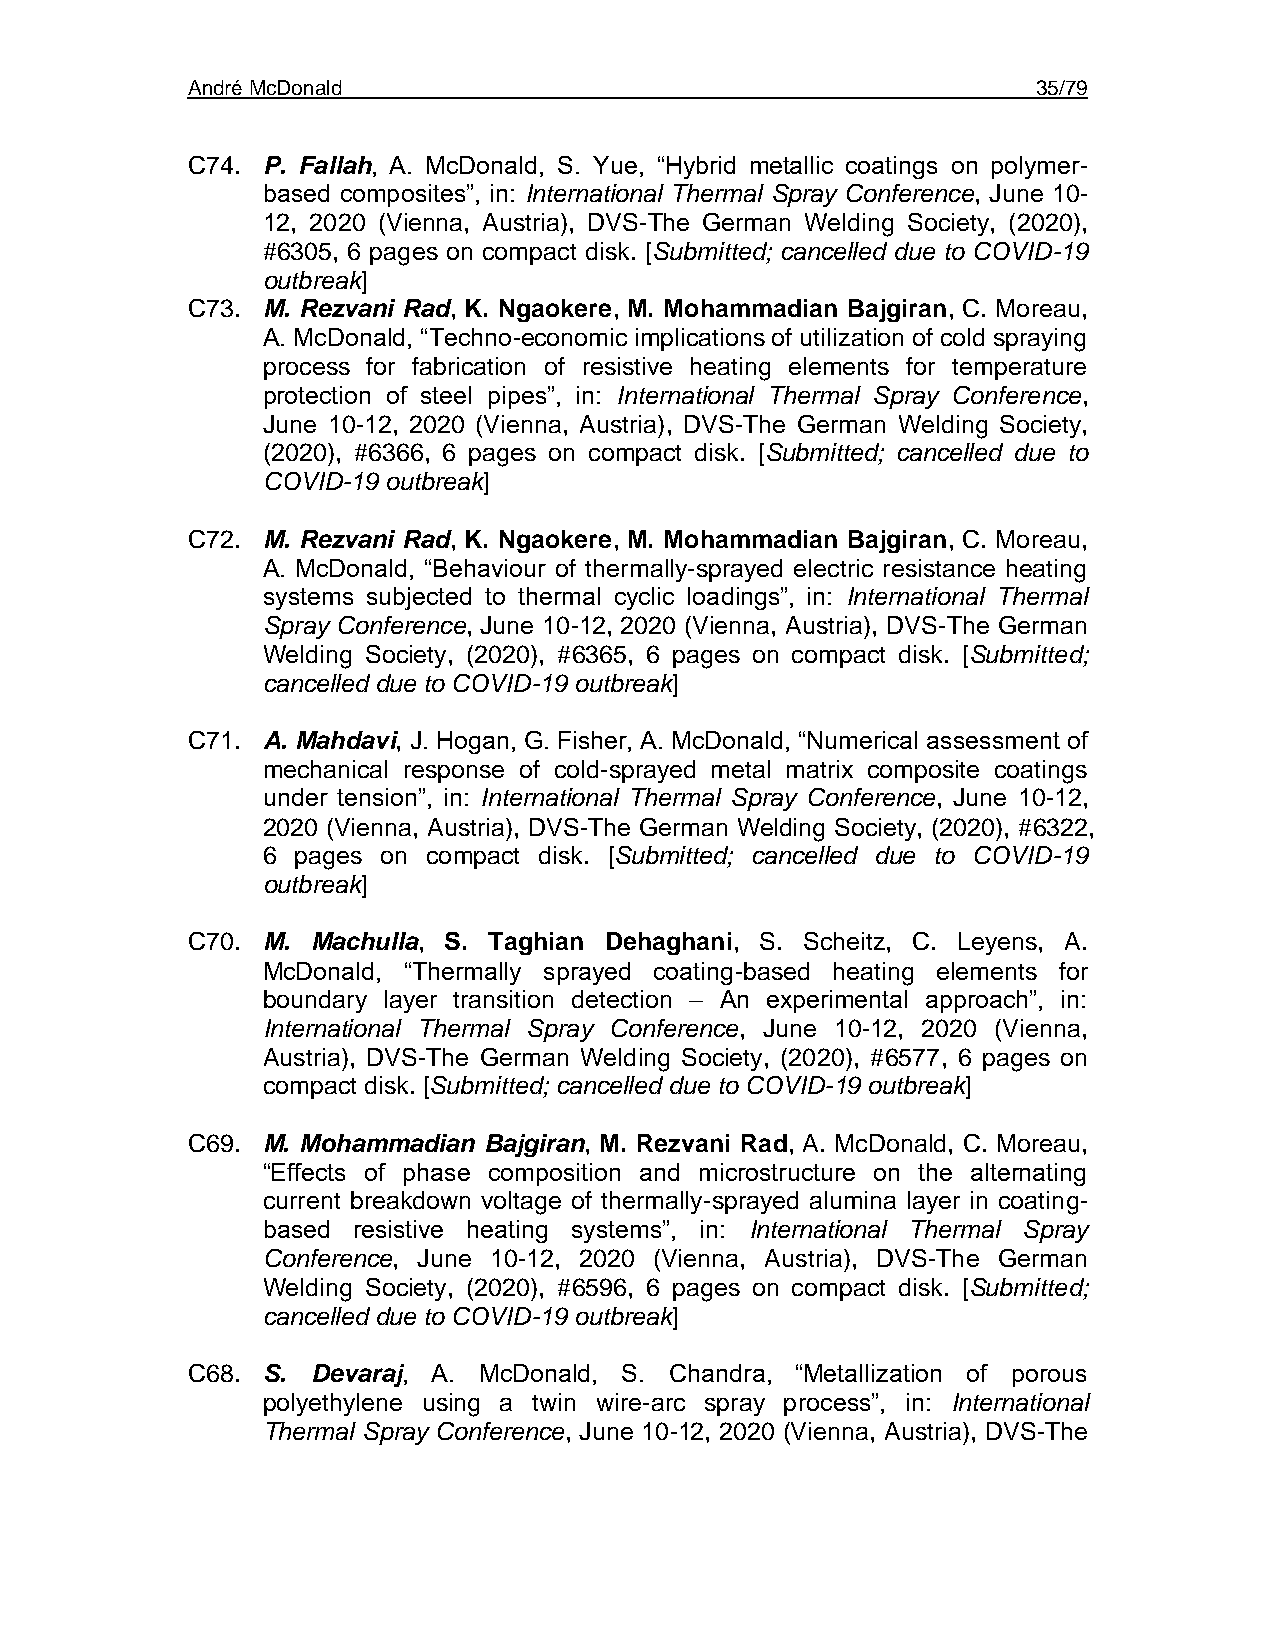
André McDonald                                           35/79
 C74. P. Fallah, A. McDonald, S. Yue, “Hybrid metallic coatings on polymer-
 based composites”, in: International Thermal Spray Conference, June 10-
 12, 2020 (Vienna, Austria), DVS-The German Welding Society, (2020),
 #6305, 6 pages on compact disk. [Submitted; cancelled due to COVID-19
 outbreak]
 C73. M. Rezvani Rad, K. Ngaokere, M. Mohammadian Bajgiran, C. Moreau,
 A. McDonald, “Techno-economic implications of utilization of cold spraying
 process for fabrication of resistive heating elements for temperature
 protection of steel pipes”, in: International Thermal Spray Conference,
 June 10-12, 2020 (Vienna, Austria), DVS-The German Welding Society,
 (2020), #6366, 6 pages on compact disk. [Submitted; cancelled due to
 COVID-19 outbreak]
 C72. M. Rezvani Rad, K. Ngaokere, M. Mohammadian Bajgiran, C. Moreau,
 A. McDonald, “Behaviour of thermally-sprayed electric resistance heating
 systems subjected to thermal cyclic loadings”, in: International Thermal
 Spray Conference, June 10-12, 2020 (Vienna, Austria), DVS-The German
 Welding Society, (2020), #6365, 6 pages on compact disk. [Submitted;
 cancelled due to COVID-19 outbreak]
 C71. A. Mahdavi, J. Hogan, G. Fisher, A. McDonald, “Numerical assessment of
 mechanical response of cold-sprayed metal matrix composite coatings
 under tension”, in: International Thermal Spray Conference, June 10-12,
 2020 (Vienna, Austria), DVS-The German Welding Society, (2020), #6322,
 6 pages on compact disk. [Submitted; cancelled due to COVID-19
 outbreak]
 C70. M.  Machulla, S. Taghian Dehaghani, S. Scheitz, C. Leyens, A.
 McDonald, “Thermally sprayed coating-based heating elements for
 boundary layer transition detection – An experimental approach”, in:
 International Thermal Spray Conference, June 10-12, 2020 (Vienna,
 Austria), DVS-The German Welding Society, (2020), #6577, 6 pages on
 compact disk. [Submitted; cancelled due to COVID-19 outbreak]
 C69. M. Mohammadian Bajgiran, M. Rezvani Rad, A. McDonald, C. Moreau,
 “Effects of phase composition and microstructure on the alternating
 current breakdown voltage of thermally-sprayed alumina layer in coating-
 based resistive heating systems”, in: International Thermal Spray
 Conference, June 10-12, 2020 (Vienna, Austria), DVS-The German
 Welding Society, (2020), #6596, 6 pages on compact disk. [Submitted;
 cancelled due to COVID-19 outbreak]
 C68. S.  Devaraj, A. McDonald, S. Chandra, “Metallization of porous
 polyethylene using a twin wire-arc spray process”, in: International
 Thermal Spray Conference, June 10-12, 2020 (Vienna, Austria), DVS-The